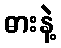
ဓားနဲ့